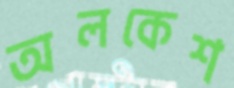
অলকেশ